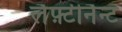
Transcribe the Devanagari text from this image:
लैफ़्टीनैन्ट